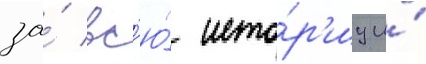
за́ вс'ю́ исто́р'иу и́